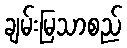
ချမ်းမြသာစည်